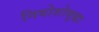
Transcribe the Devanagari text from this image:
नियोशोसुद्धा